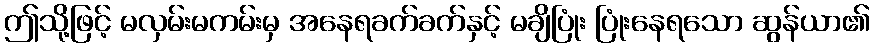
ဤသို့ဖြင့် မလှမ်းမကမ်းမှ အနေရခက်ခက်နှင့် မချိပြုံး ပြုံးနေရသော ဆွန်ယာ၏